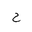
Letter: _ha